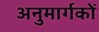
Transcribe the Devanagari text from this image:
अनुमार्गकों